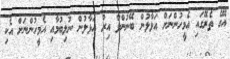
އޭގެ ތެރޭގައި އެމީހުންނަށް އަޅާލުން ބޭނުންވާ އިރު އަޅާލުން ނުލިބުމާއި އެމީހުންނަށް އެކި